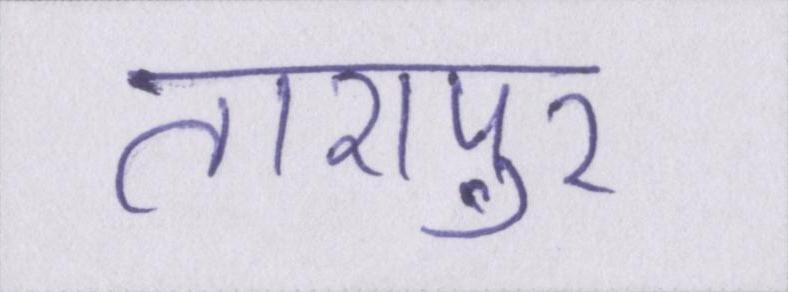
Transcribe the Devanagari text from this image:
तारापुर